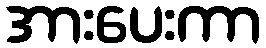
အားပေးကာ